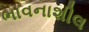
ભાવનાશીલ